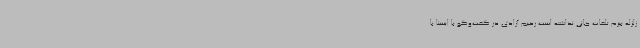
زلزله بیرم تلفات جانی نداشته است رحیم آزادی در گفت‌وگو با ایسنا با